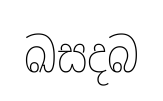
ඛසදබ